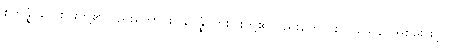
စတုန္နံ၊ လေးပါးတို့၏လည်းကောင်း။ နဝန္နံ၊ ကိုးပါးတို့၏လည်းကောင်း။ ဝသေန၊ အစွမ်းဖြင့်။